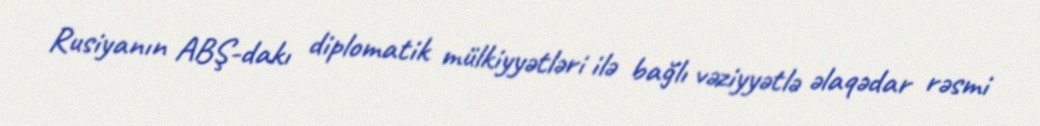
Rusiyanın ABŞ-dakı diplomatik mülkiyyətləri ilə bağlı vəziyyətlə əlaqədar rəsmi